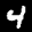
Label: 4